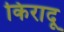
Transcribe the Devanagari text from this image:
किरादू